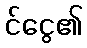
င်ငွေ၏